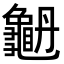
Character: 𪚫